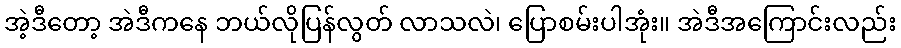
အဲ့ဒီတော့ အဲဒီကနေ ဘယ်လိုပြန်လွတ် လာသလဲ၊ ပြောစမ်းပါအုံး။ အဲဒီအကြောင်းလည်း